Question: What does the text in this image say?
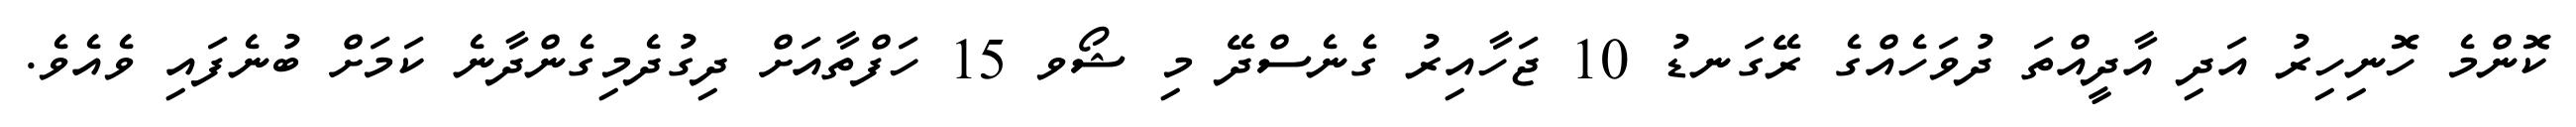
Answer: ކޮންމެ ހޮނިހިރު އަދި އާދީއްތަ ދުވަހެއްގެ ރޭގަނޑު 10 ޖަހާއިރު ގެނެސްދޭ މި ޝޯވ 15 ހަފްތާއަށް ދިގުދެމިގެންދާނެ ކަމަށް ބުނެފައި ވެއެވެ.